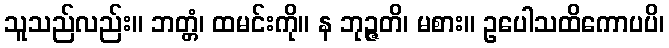
သူသည်လည်း။ ဘတ္တံ၊ ထမင်းကို။ န ဘုဉ္ဇတိ၊ မစား။ ဥပေါသထိကောပပိ၊